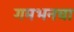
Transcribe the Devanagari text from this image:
गमभनचा